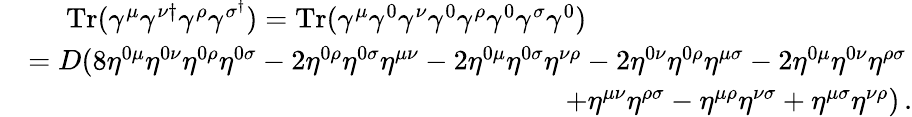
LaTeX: \begin{array}{rl}&{\quad\, \, \mathrm{Tr}(\gamma^{\mu}\gamma^{\nu\dagger}\gamma^{\rho}\gamma^{\sigma^{\dagger}})=\mathrm{Tr}(\gamma^{\mu}\gamma^{0}\gamma^{\nu}\gamma^{0}\gamma^{\rho}\gamma^{0}\gamma^{\sigma}\gamma^{0})}\\ &{=D(8\eta^{0\mu}\eta^{0\nu}\eta^{0\rho}\eta^{0\sigma}-2\eta^{0\rho}\eta^{0\sigma}\eta^{\mu\nu}-2\eta^{0\mu}\eta^{0\sigma}\eta^{\nu\rho}-2\eta^{0\nu}\eta^{0\rho}\eta^{\mu\sigma}-2\eta^{0\mu}\eta^{0\nu}\eta^{\rho\sigma}}\\ &{\quad\quad\quad\quad\quad\quad\quad\quad\quad\quad\quad\quad\quad\quad\quad\quad\quad\quad\quad+\eta^{\mu\nu}\eta^{\rho\sigma}-\eta^{\mu\rho}\eta^{\nu\sigma}+\eta^{\mu\sigma}\eta^{\nu\rho})\, .}\end{array}